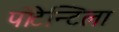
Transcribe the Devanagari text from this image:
पोटेन्टिला